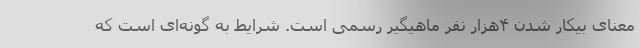
معنای بیکار شدن ۴هزار نفر ماهیگیر رسمی است. شرایط به گونه‌ای است که